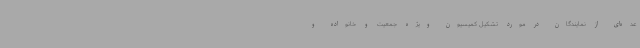
عده‌ای از نمایندگان در مورد تشکیل کمیسیون ویژه جمعیت و خانواده و